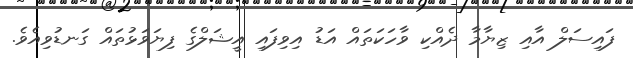
ފައިސަލް އާއި ޒިޔާމާ ދެއްކި ވާހަކަތައް އަޑު އިވިފައި އީޝަލްގެ ފިޔަވަޅުތައް ގަނޑުވިއެވެ.